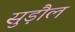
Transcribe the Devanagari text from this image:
सुड़ौल